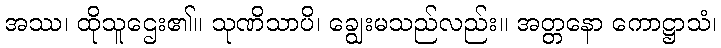
အဿ၊ ထိုသူဌေး၏။ သုဏိသာပိ၊ ချွေးမသည်လည်း။ အတ္တနော ကောဋ္ဌာသံ၊